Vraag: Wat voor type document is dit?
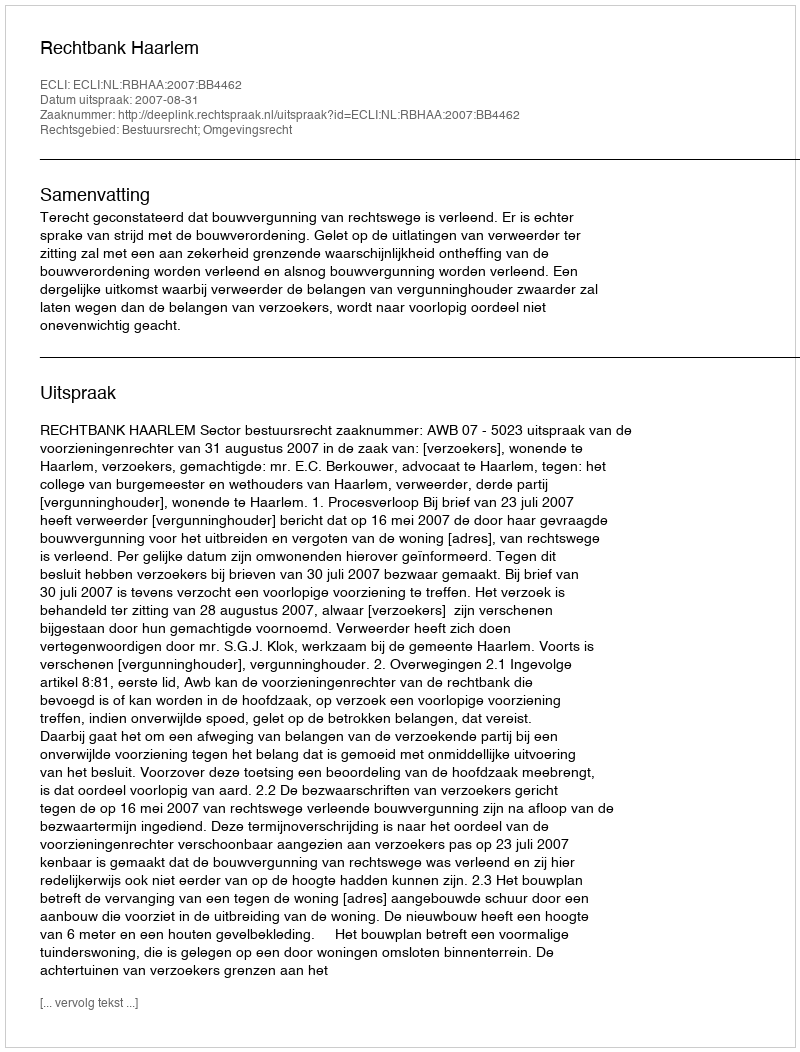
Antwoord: Uitspraak